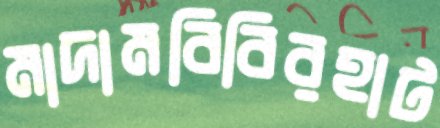
মাদামবিবিরহাট